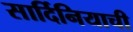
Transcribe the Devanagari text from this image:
सार्दिनियाची